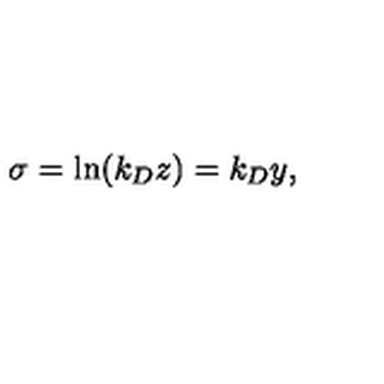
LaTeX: \sigma = \ln ( k _ { D } z ) = k _ { D } y ,